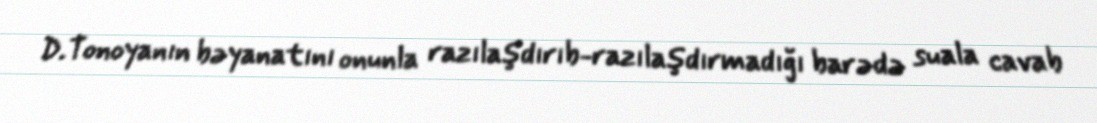
D.Tonoyanın bəyanatını onunla razılaşdırıb-razılaşdırmadığı barədə suala cavab